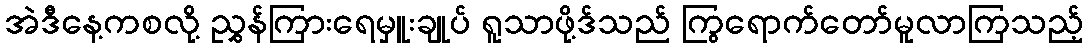
အဲဒီနေ့ကစလို့ ညွှန်ကြားရေမှူးချုပ် ရူသာဖို့ဒ်သည် ကြွရောက်တော်မူလာကြသည့်